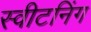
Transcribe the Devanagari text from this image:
स्वीटनिंग